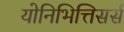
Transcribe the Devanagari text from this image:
योनिभित्तिसर्स